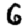
Digit: 6